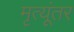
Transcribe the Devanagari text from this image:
मृत्यूंतर